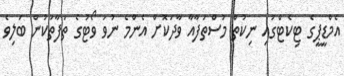
އެމްޑީޕީގެ ޓިކެޓްގައި ނިކުތް މުސްތަފާއާ ވާދަކޮށް އެންމެ ނުވަ ވޯޓުގެ ތަފާތަކުން ބަލިވެ